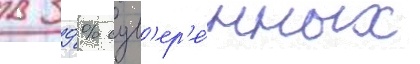
в 39 % сув'ер'е́нных